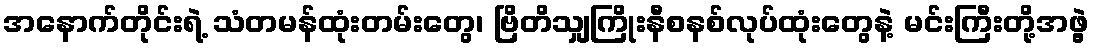
အနောက်တိုင်းရဲ့ သံတမန်ထုံးတမ်းတွေ၊ ဗြိတိသျှကြိုးနီစနစ်လုပ်ထုံးတွေနဲ့ မင်းကြီးတို့အဖွဲ့